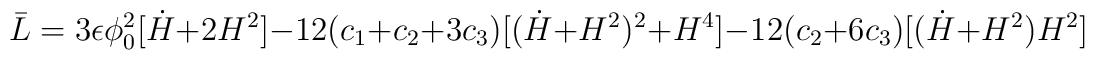
\bar{L} = 3 \epsilon \phi_0^2  [ \dot{H} +2H^2 ]-12 (c_1+c_2+3 c_3) [ (\dot{H} +H^2)^2 + H^4]-12 (c_2+6 c_3) [ (\dot{H} +H^2)H^2 ]